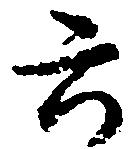
六